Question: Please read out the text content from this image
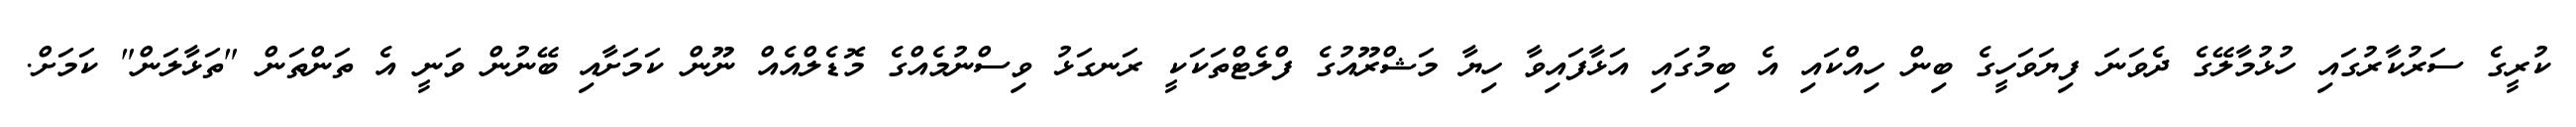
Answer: ކުރީގެ ސަރުކާރުގައި ހުޅުމާލޭގެ ދެވަނަ ފިޔަވަހީގެ ބިން ހިއްކައި އެ ބިމުގައި އަޅާފައިވާ ހިޔާ މަޝްރޫއުގެ ފްލެޓްތަކަކީ ރަނގަޅު ވިސްނުމެއްގެ މޮޑެލްއެއް ނޫން ކަމަށާއި ބޭނުން ވަނީ އެ ތަންތަން "ތަޅާލަން" ކަމަށް.